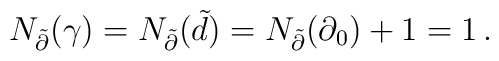
N_{\tilde{\partial}}(\gamma)=N_{\tilde{\partial}}(\tilde{d})=N_{\tilde{\partial}}(\partial_0)+1=1\,.